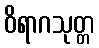
ဝိရာဂသုတ္တ